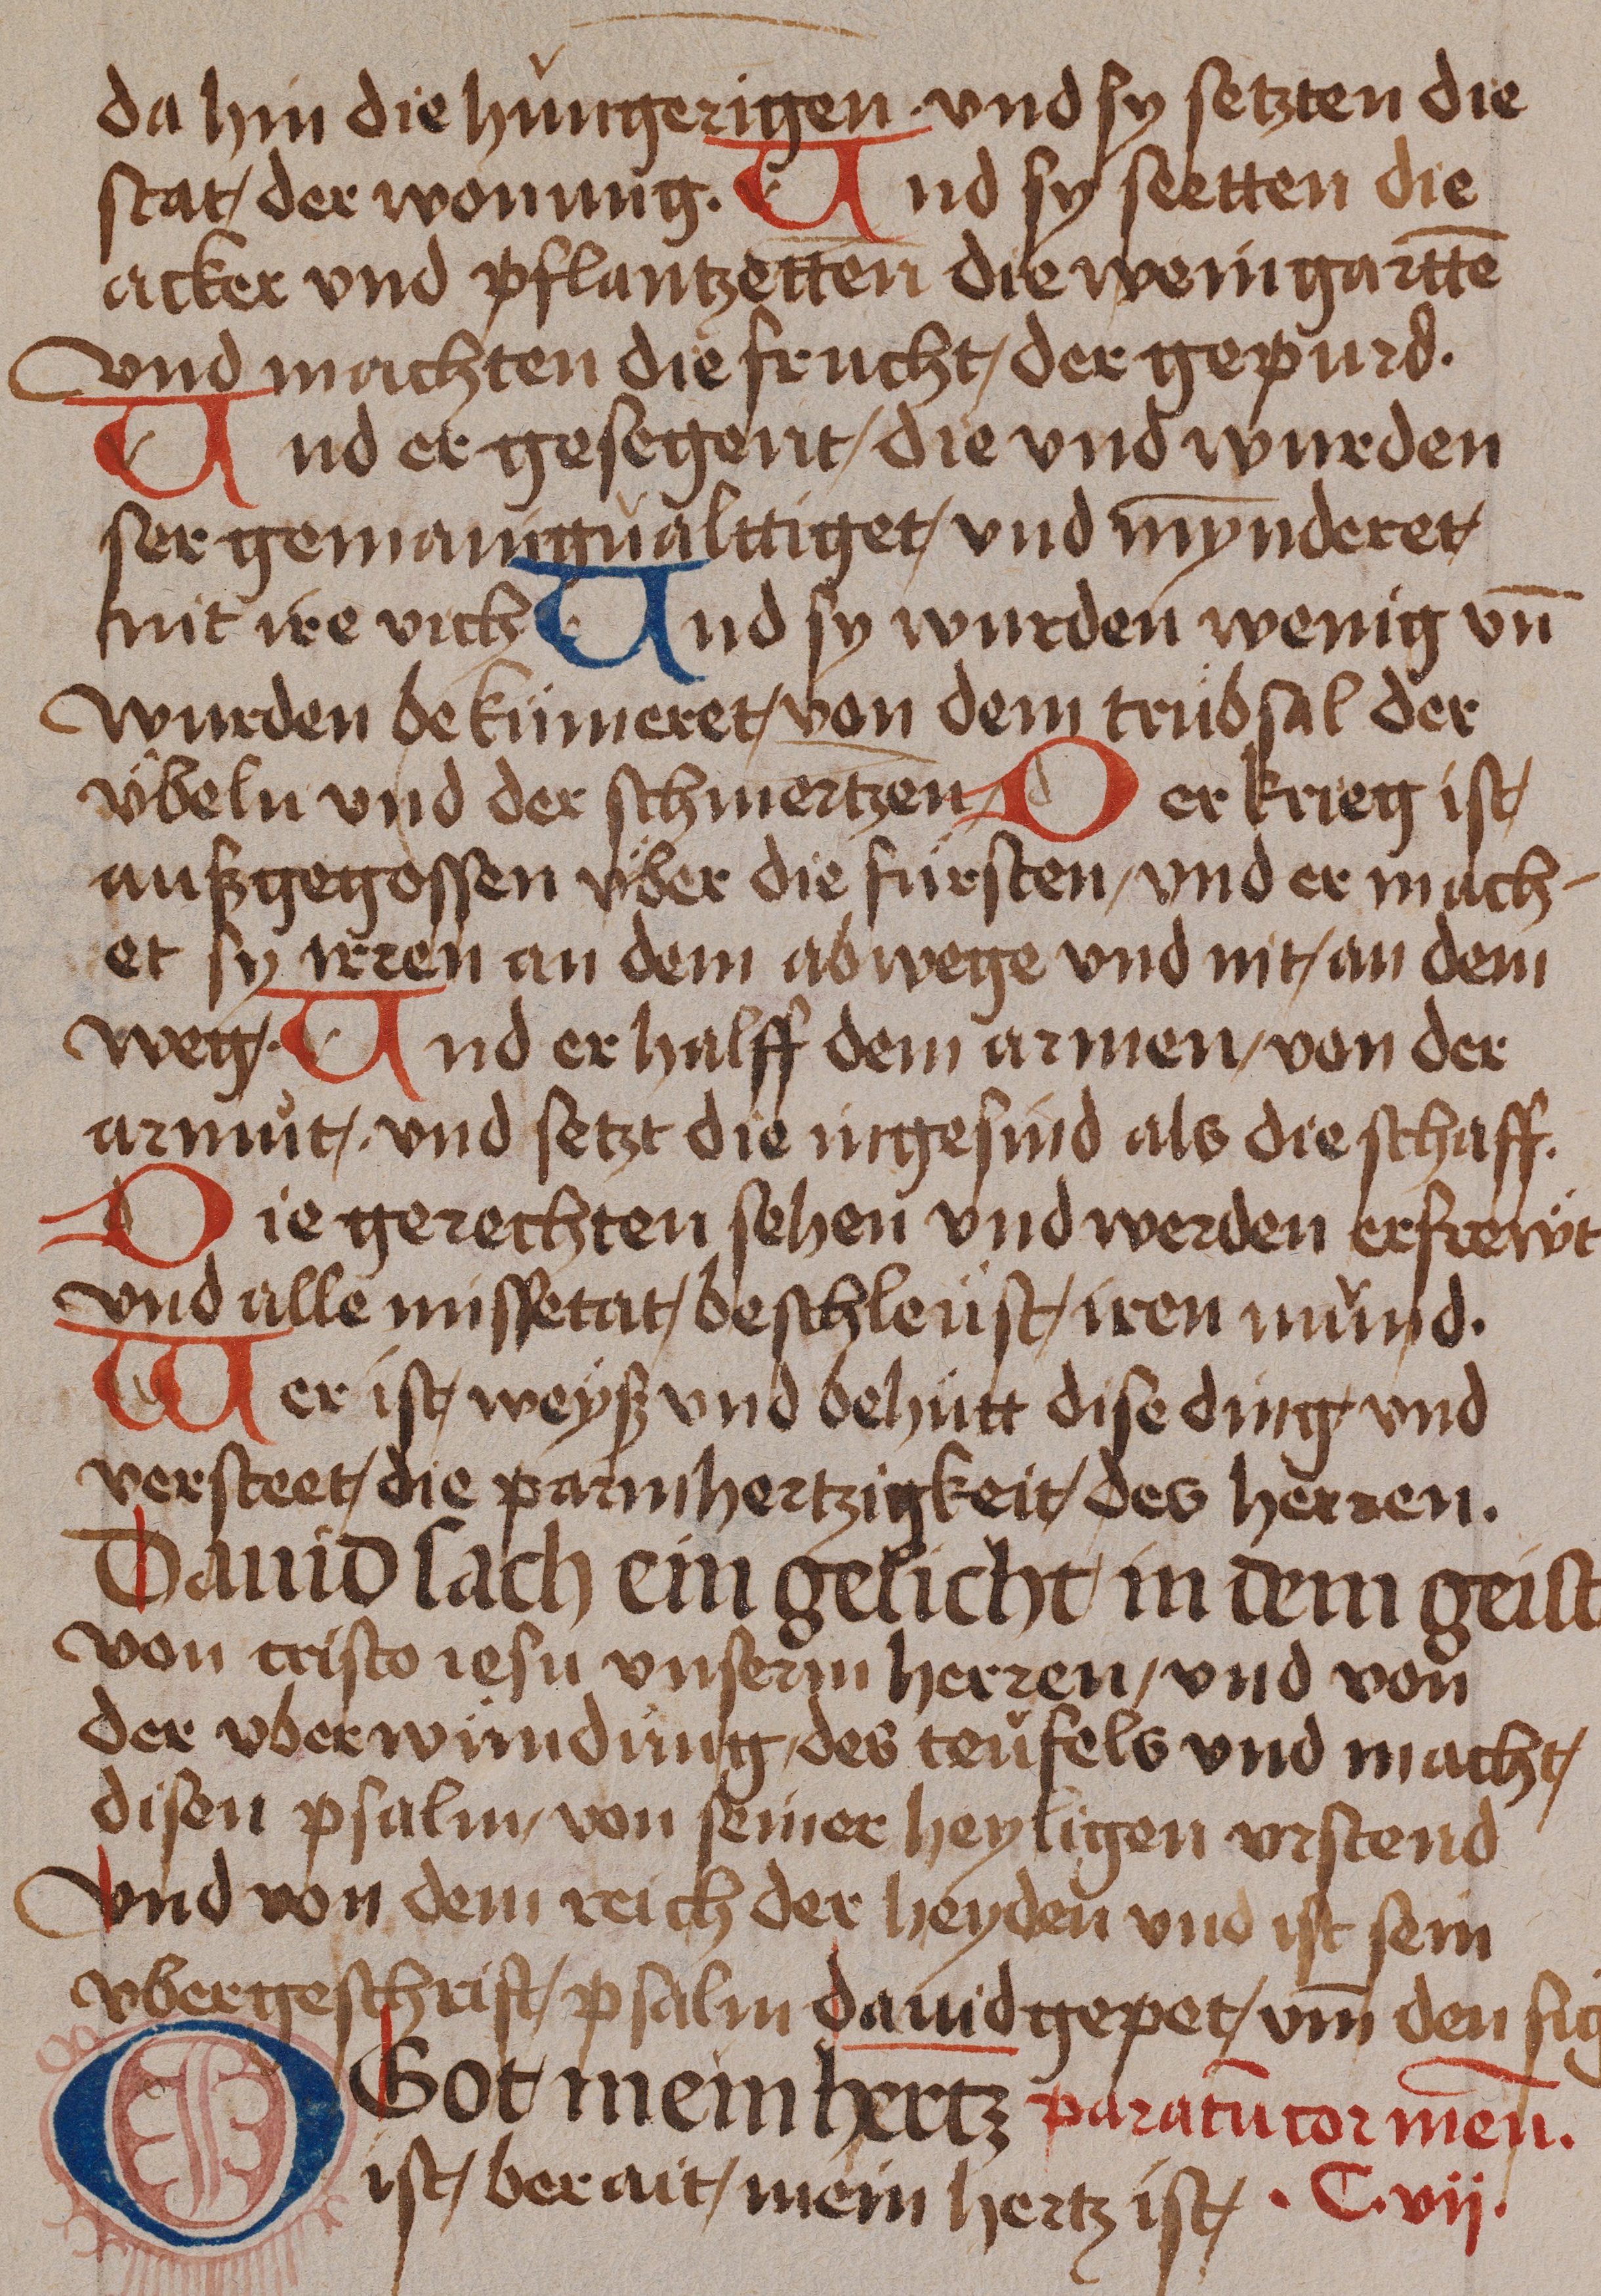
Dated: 1485–1485